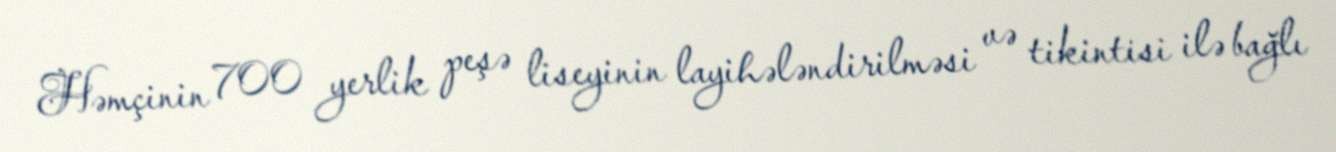
Həmçinin 700 yerlik peşə liseyinin layihələndirilməsi və tikintisi ilə bağlı